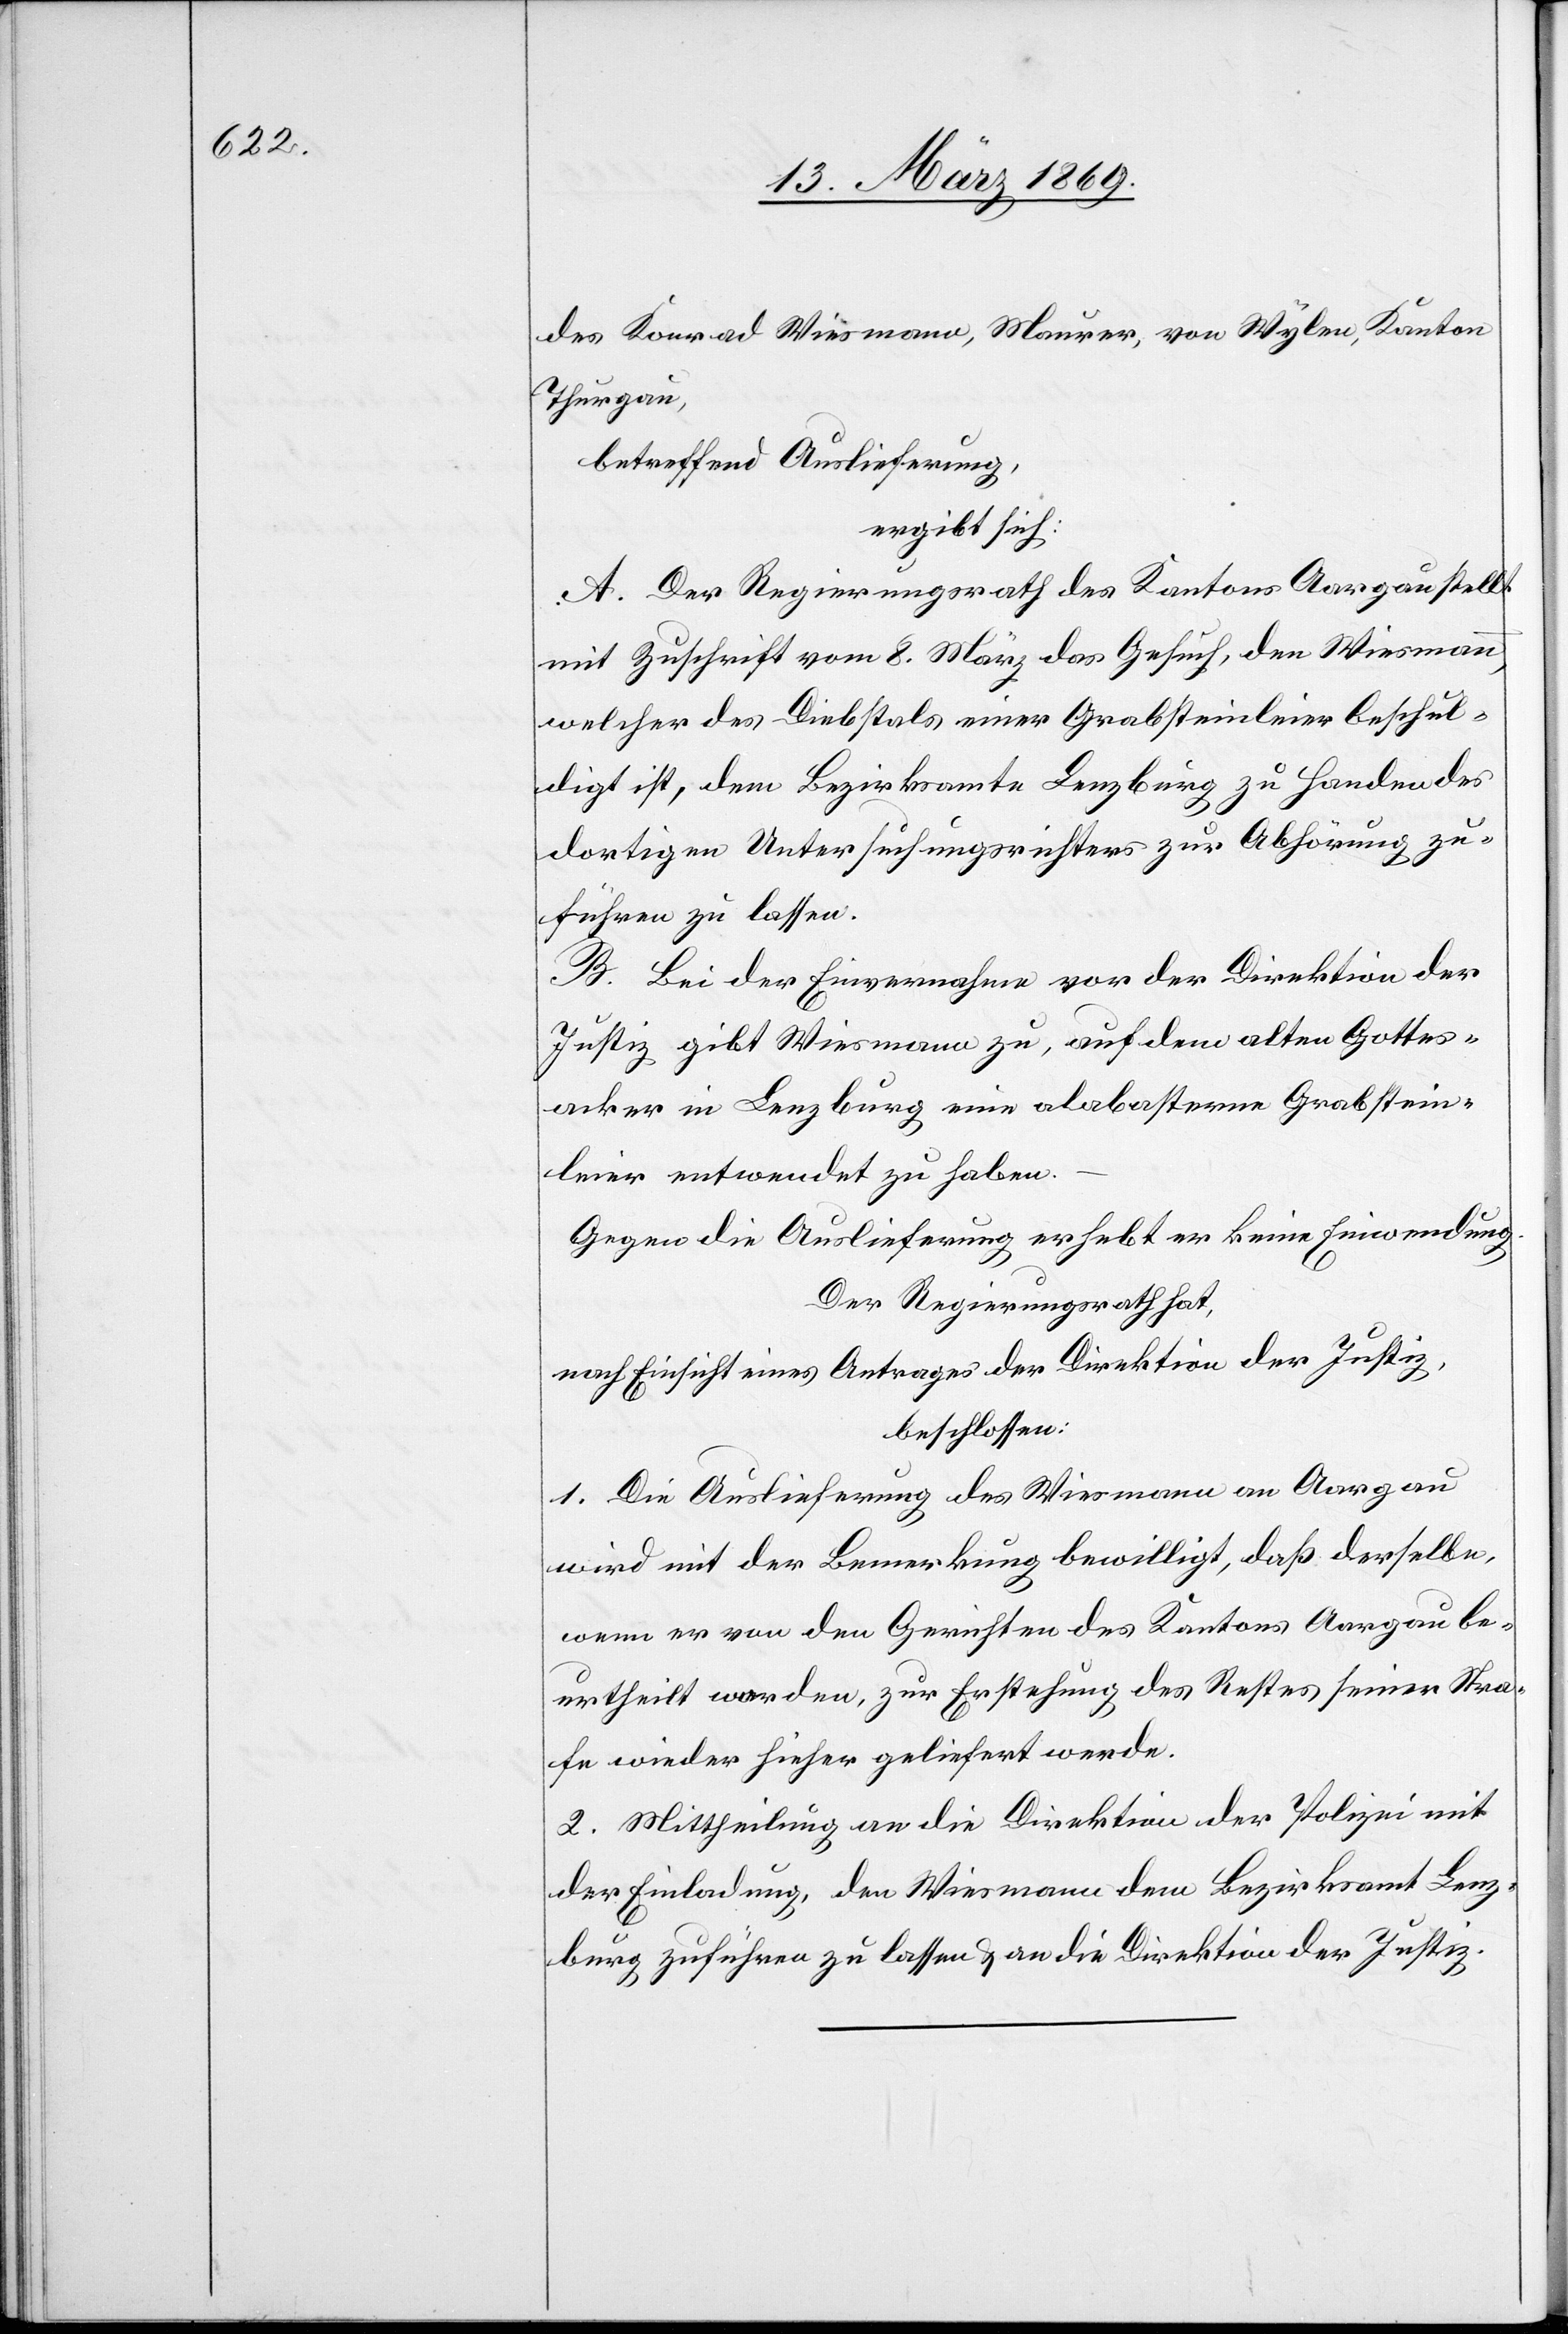
des Konrad [sic!] Wiesmann, Maurer, von Wylen, Kanton
Thurgau,
betreffend Auslieferung,
ergibt sich:
A. Der Regierungsrath des Kantons Aargau stellt
mit Zuschrift vom 8. März das Gesuch, den Wiesmann,
welcher des Diebstals einer Grabsteinleier beschul¬
digt ist, dem Bezirksamte Lenzburg zu Handen des
dortigen Untersuchungsrichters zur Abhörung zu¬
führen zu lassen.
B. Bei der Einvernahme vor der Direktion der
Justiz gibt Wiesmann zu, auf dem alten Gottes¬
anker in Lenzburg eine alabasterne Grabstein¬
leier entwendet zu haben.
Gegen die Auslieferung erhebt er keine Einwendung.
Der Regierungsrath hat,
nach Einsicht eines Antrages der Direktion der Justiz,
beschlossen:
1. Die Auslieferung des Wiesmann an Aargau
wird mit der Bemerkung bewilligt, daß derselbe,
wenn er von den Gerichten des Kantons Aargau be¬
urtheilt worden, zur Erstehung des Restes seiner Stra¬
fe wieder hieher geliefert werde.
2. Mittheilung an die Direktion der Polizei mit
der Einladung, den Wiesmann dem Bezirksamt Lenz¬
burg zuführen zu lassen & an die Direktion der Justiz.